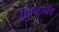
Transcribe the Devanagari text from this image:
ब्रहमानंद